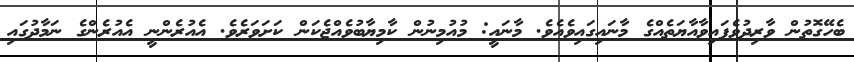
ބެހޭގޮތުން ވާރިދުވެފައިވާއާޔަތެއްގެ މާނައިގައިިވެއެވެ. މާނައީ: މުއުމިނުން ކާމިޔާބުވެއްޖެކަން ކަށަވަރެވެ. އެއުރެންނީ އެއުރެންގެ ނަމާދުގައި